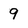
Character: 9